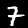
Digit: 7